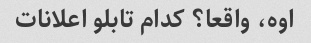
اوه، واقعا؟ کدام تابلو اعلانات